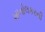
ખાનોલકરની